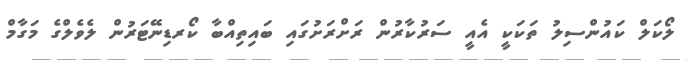
ލޯކަލް ކައުންސިލު ތަކަކީ އެއީ ސަރުކާރުން ރަށްރަށުގައި ބައިތިއްބާ ކޯރޑިނޭޓަރުން ލެވެލްގެ މަގާމް